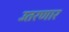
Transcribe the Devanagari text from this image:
उतरणार